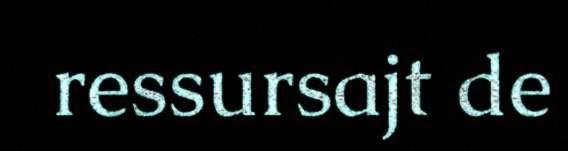
ressursajt de